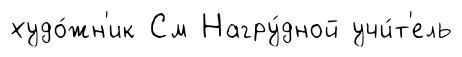
худо́жн'ик См Нагру́дной учи́т'ель